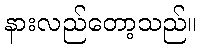
နားလည်တော့သည်။